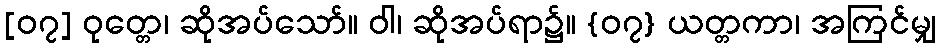
[၀၇] ဝုတ္တေ၊ ဆိုအပ်သော်။ ဝါ၊ ဆိုအပ်ရာ၌။ {၀၇} ယတ္တကာ၊ အကြင်မျှ